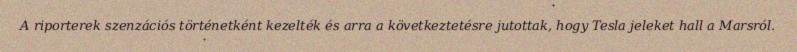
A riporterek szenzációs történetként kezelték és arra a következtetésre jutottak, hogy Tesla jeleket hall a Marsról.